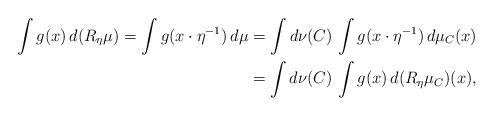
LaTeX: \begin{align*}\int g(x) \, d ( R_\eta \mu) = \int g(x \cdot \eta^{-1}) \, d \mu = \int d \nu (C) \, \int g(x \cdot \eta^{-1}) \, d \mu_C (x) \\= \int d \nu (C) \, \int g(x) \, d (R_\eta \mu_C ) (x), \end{align*}